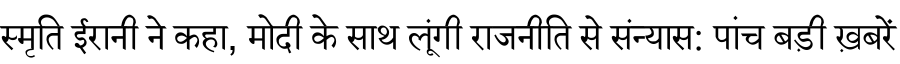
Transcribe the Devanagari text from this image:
स्मृति ईरानी ने कहा, मोदी के साथ लूंगी राजनीति से संन्यास: पांच बड़ी ख़बरें